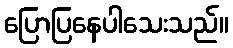
ပြောပြနေပါသေးသည်။